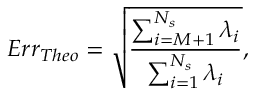
E r r _ { T h e o } = \sqrt { \frac { \sum _ { i = M + 1 } ^ { N _ { s } } \lambda _ { i } } { \sum _ { i = 1 } ^ { N _ { s } } \lambda _ { i } } } ,